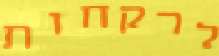
לרקחות